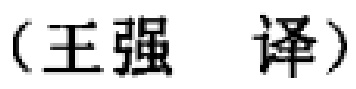
（王强 译）